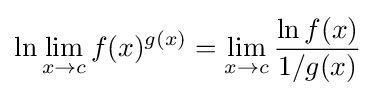
\ln \lim _{x\to c}f(x)^{g(x)}=\lim _{x\to c}{\frac {\ln f(x)}{1/g(x)}}